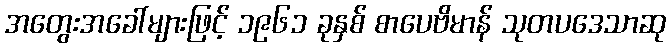
အတွေးအခေါ်များဖြင့် ၁၉၆၁ ခုနှစ် စာပေဗိမာန် သုတပဒေသာဆု